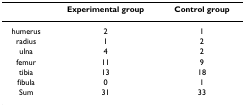
|  | Experimental group | Control group |
 | --- | --- | --- |
 | humerus | 2 | 1 |
 | radius | 1 | 2 |
 | ulna | 4 | 2 |
 | femur | 11 | 9 |
 | tibia | 13 | 18 |
 | fibula | 0 | 1 |
 | Sum | 31 | 33 |